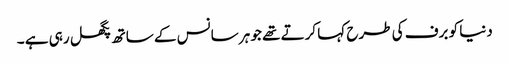
دنیا کو برف کی طرح کہا کرتے تھے جو ہر سانس کے ساتھ پگھل رہی ہے ۔